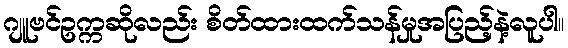
ဂျူဗင်ဥက္ကဆိုလည်း စိတ်ထားထက်သန်မှုအပြည့်နဲ့လူပါ။